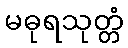
မဓုရသုတ္တံ